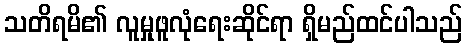
သတိရမိ၏ လူမှုဖူလုံရေးဆိုင်ရာ ရှိမည်ထင်ပါသည်